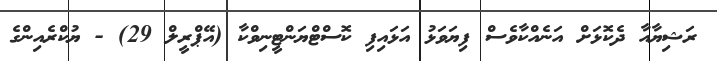
ރަޝިޔާއާ ދެކޮޅަށް އަނެއްކާވެސް ފިޔަވަޅު އަޅައިފި ކޮސްޓްޔަންޓީނިވްކާ (އޭޕްރީލް 29) - ޔުކްރެއިންގެ